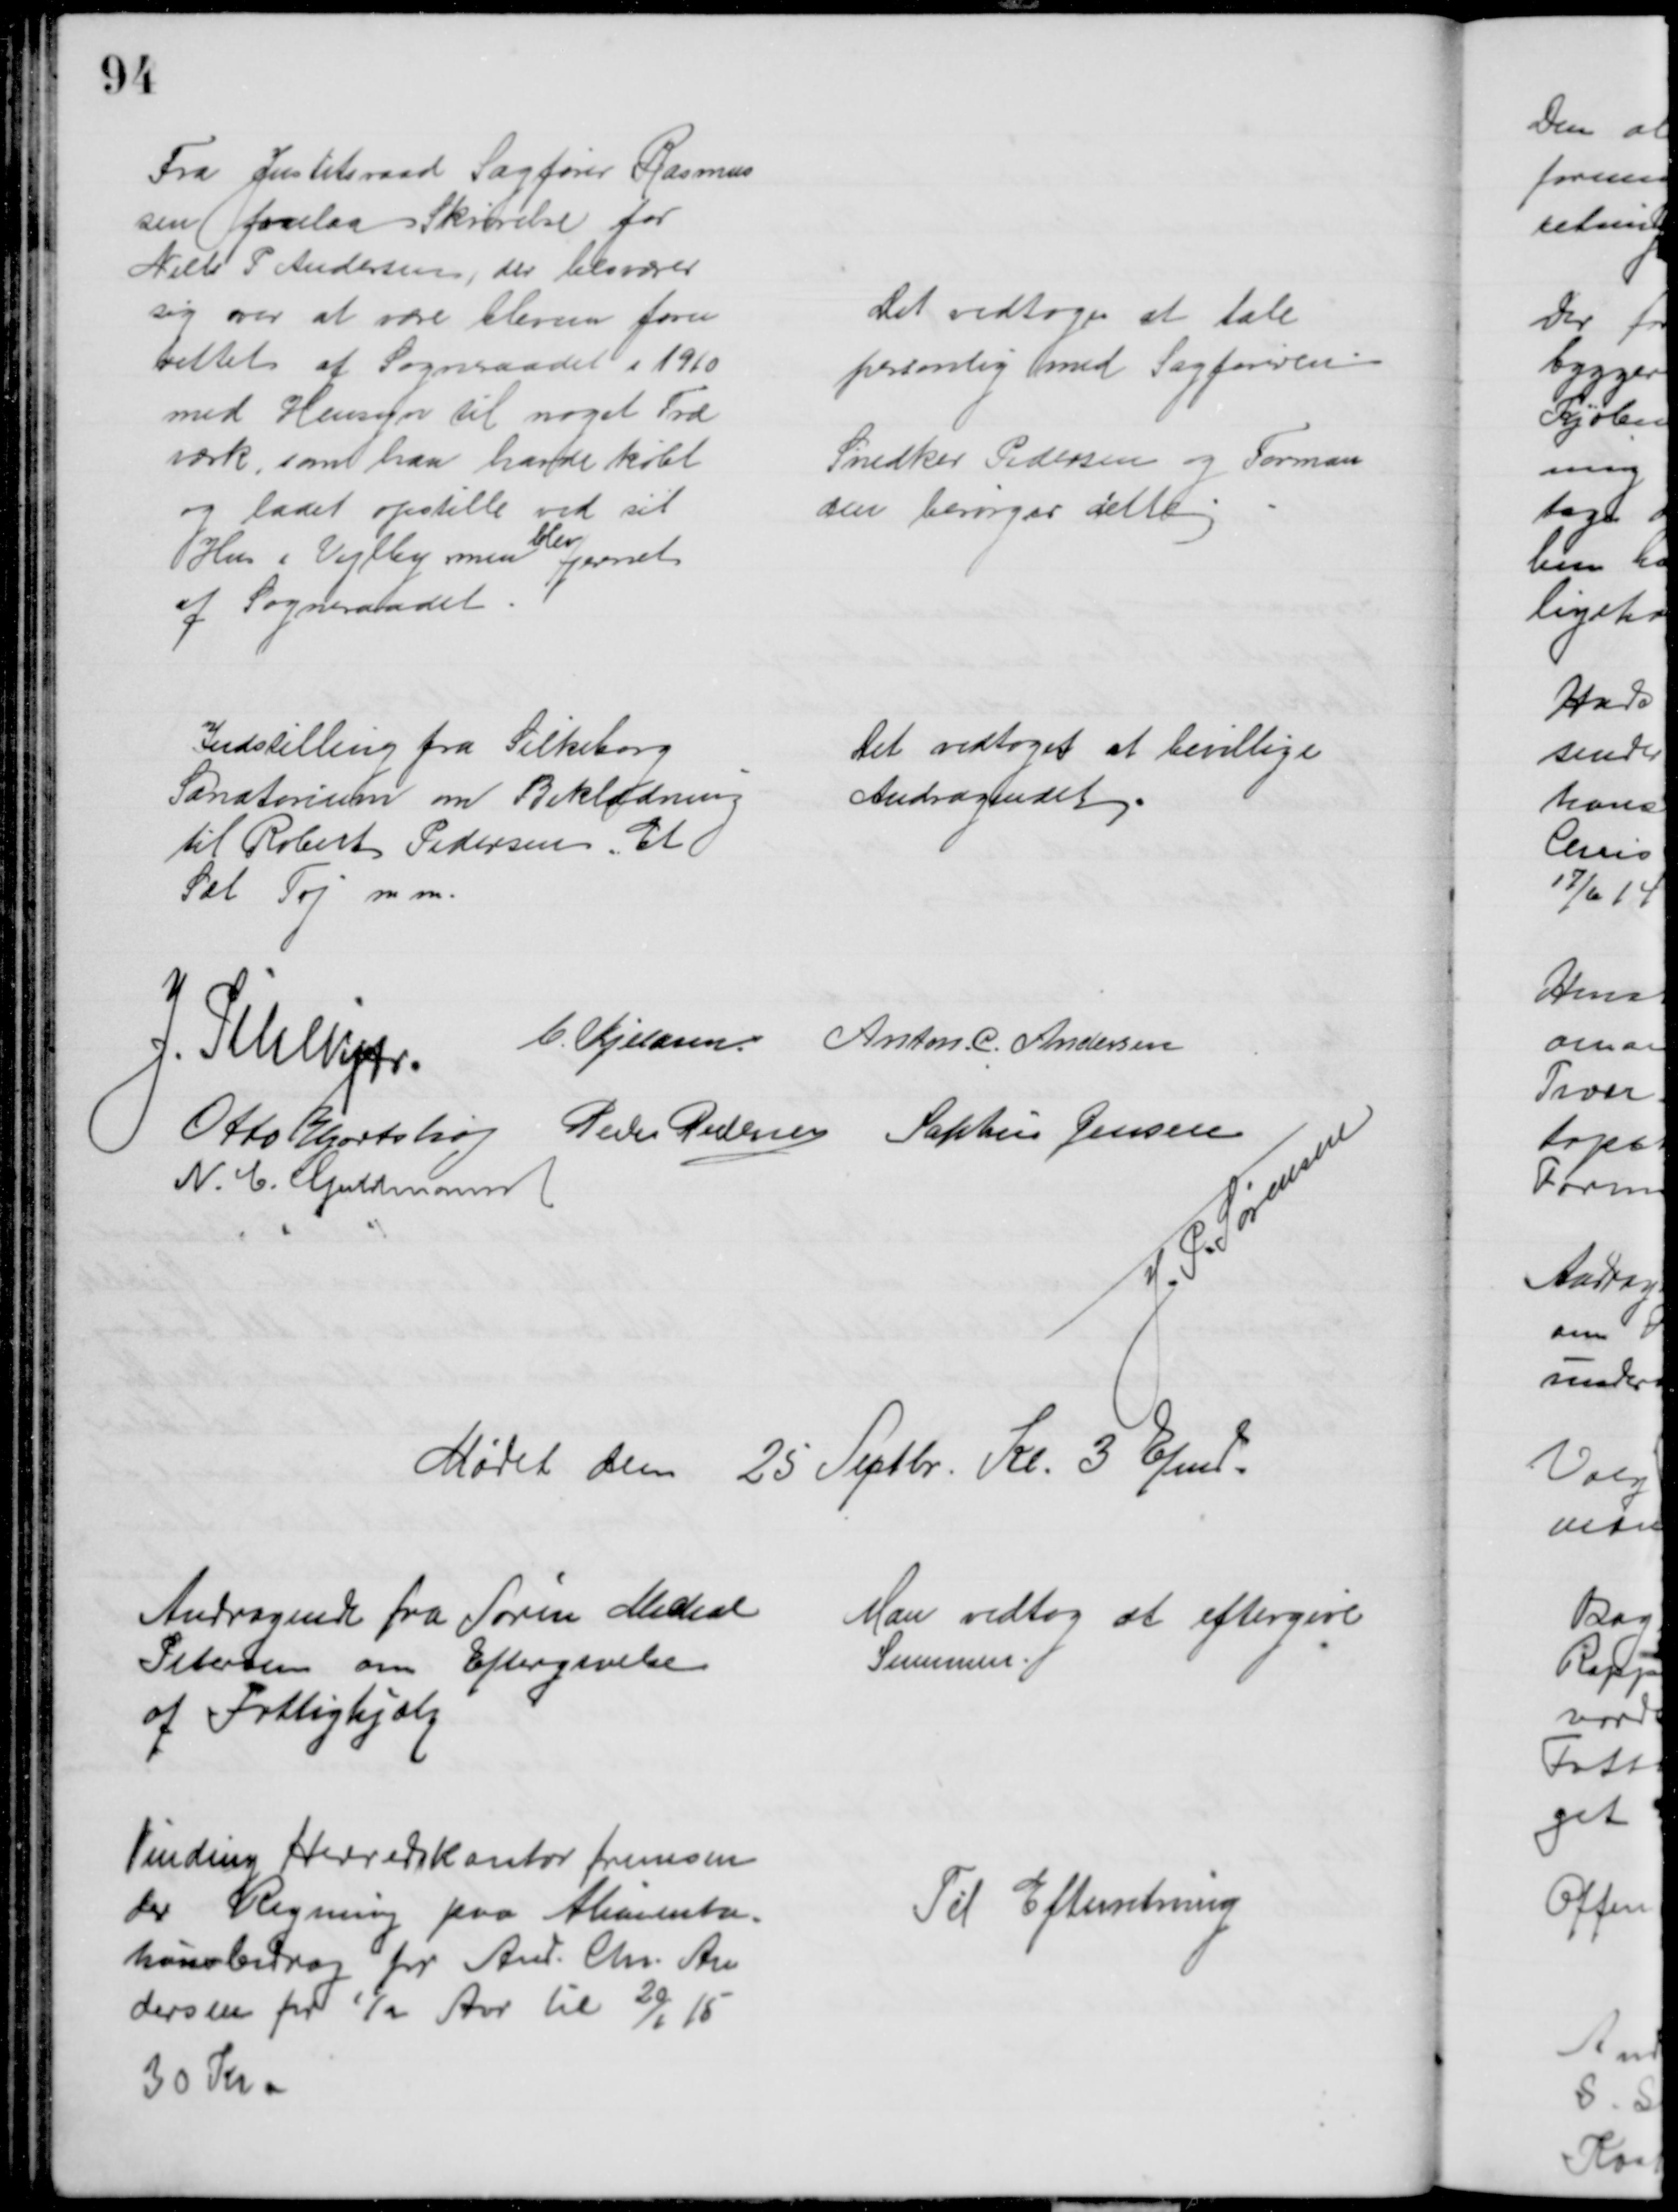
Transskription:
Fra Justitsraad Sagfører Rasmus
sen forelaa Skrivelse for
Niels P Andersen, der besværer
sig over at være bleven foru
rettet af Sogneraadet i 1910
med Hensyn til noget Træ
værk, som han havde købt
og ladet opstille ved sit
Hus i Vejlby men 
blev
fjernet
af Sogneraadet.
Det vedtoges at tale
personlig med Sagføreren
Snedker Pedersen og Forman
den besørger dette
Indstilling fra Silkeborg
Sanatorium om Beklædning
til Robert Pedersen, Et
Sæt Tøj m.m.
Det vedtoges at bevillige
Andragendet
J. Pihlkjær.
C. Kjeldsen Anton. C. Andersen
Otto Hjortshøj Peder Pedersen Sophus Jensen
N. C. Guldmann
J. P. Sørensen
Mødet den 25 Septbr. Kl. 3 Efmd.
Andragende fra Søren Michal
Petersen om Eftergivelse
af Fattighjælp
Man vedtog at eftergive
Summen
Vinding Herredskontor fremsen
der Regning paa Alimenta
tionsbidrag for And. Chr. An
dersen for ½ Aar til 20/1 15
30 Kr
Til Efterretning